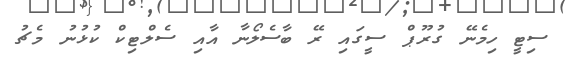
ސިޓީ ހިމެނޭ ގުރޫޕް ސީގައި ރޭ ބާސެލޯނާ އާއި ސެލްޓިކް ކުޅުނު މެޗު